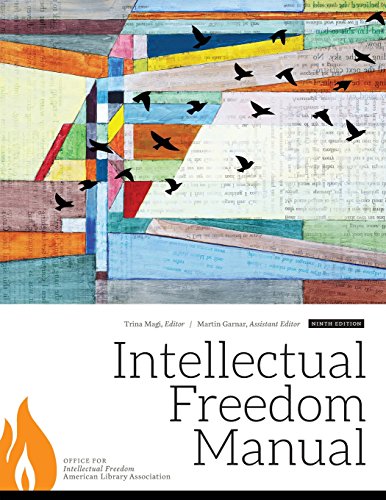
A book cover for Intellectual Freedom Manual, Ninth Edition; Trina Magi; Politics & Social Sciences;